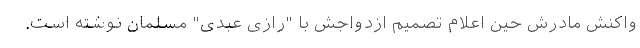
واکنش مادرش حین اعلام تصمیم ازدواجش با "رازی عبدی" مسلمان نوشته است.